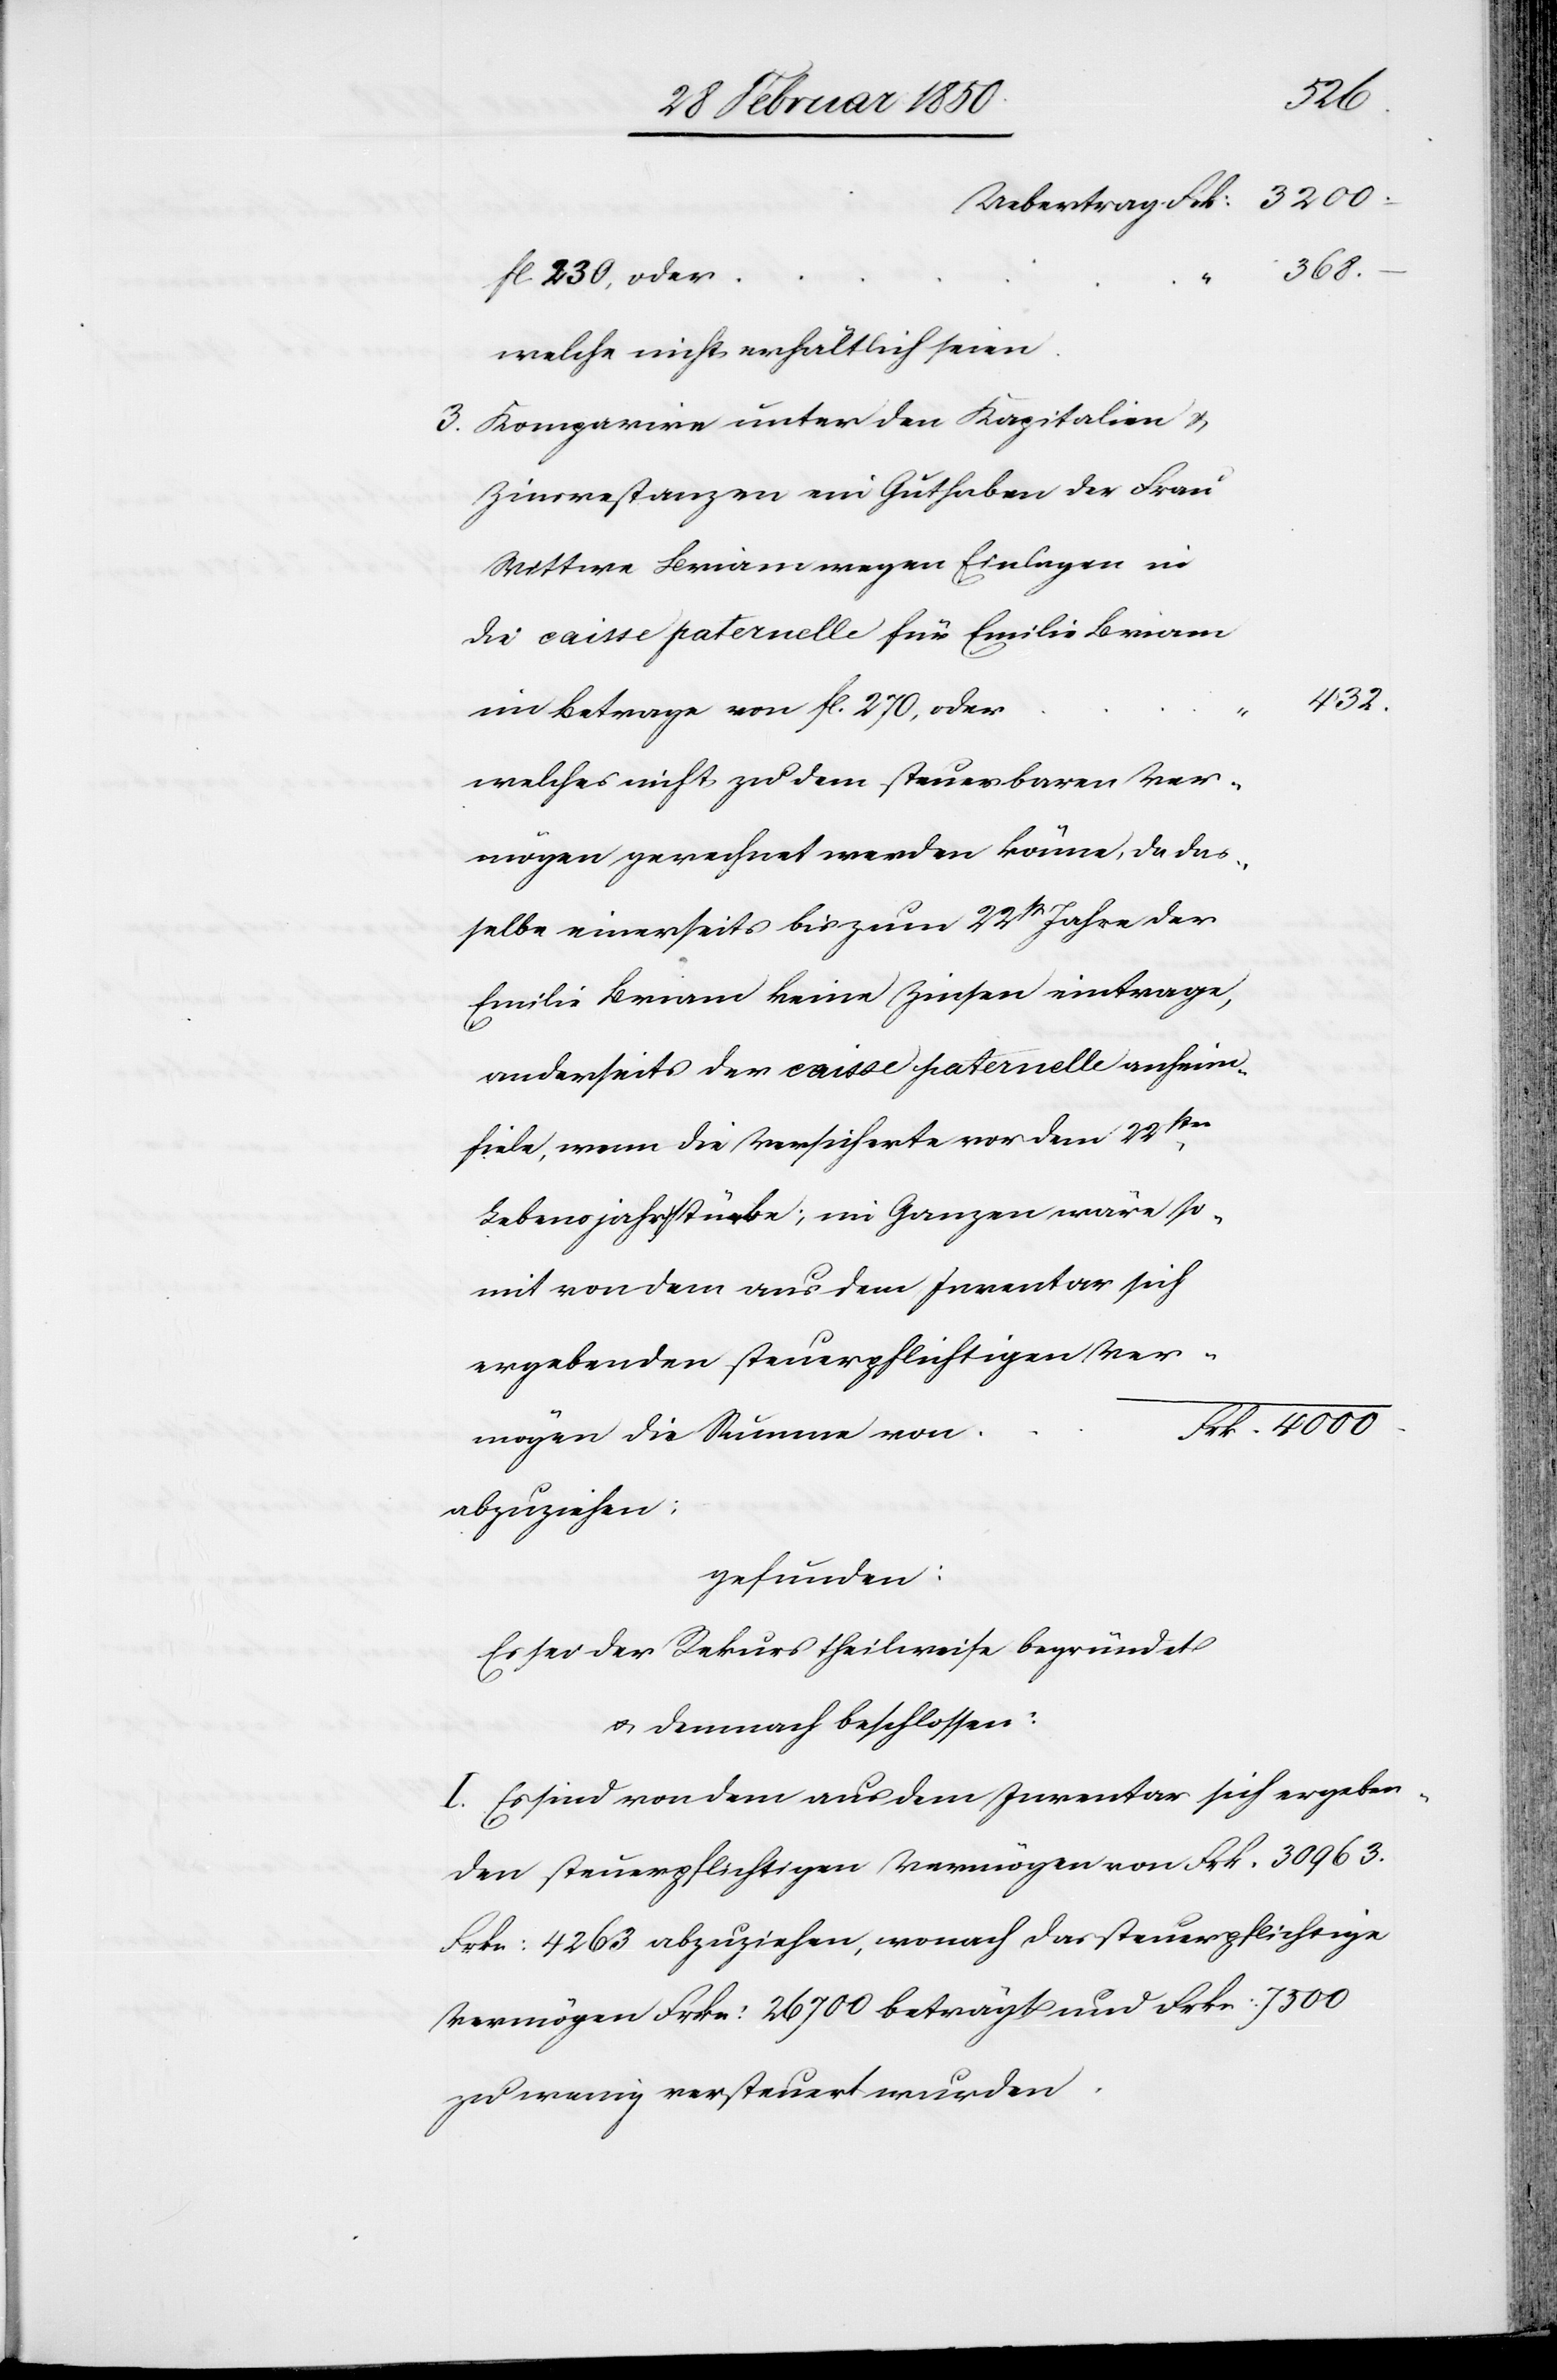
432.
368.
fl. 230, oder
zen wäre
welche nicht erhältlich seien
3. Komparire unter den Kapitalien u.
Zinsrestanzen ein Guthaben der Frau
Wittwe Briam wegen Einlagen in
die caisse paternelle für Emilie Briam
so¬
im Betrage von fl. 270, oder
welches nicht zu dem steuerbaren Ver¬
mögen gerechnet werden könne, da das¬
selbe einerseits bis zum 22st Jahre der
Emilie Briam keine Zinsen eintrage,
anderseits der caisse paternelle anheim¬
fiele, wenn die Versicherte vor dem 22sten
mit von dem aus dem Inventar sich
ergebenden steuerpflichtigen Ver¬
Frk. 4000
mögen die Summe von
abzuziehen;
gefunden:
Es sei der Rekurs theilweise begründet
u. demnach beschlossen:
I. Es sind von dem aus dem Inventar sich ergeben¬
den steuerpflichtigen Vermögen von Frk. 30963.
Frkn: 4263 abzuziehen, wonach das steuerpflichtige
Vermögen Frkn: 26700 beträgt und Frkn: 7500
zu wenig versteuert wurden.